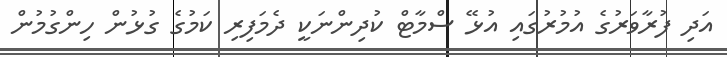
އަދި ފުރާވަރުގެ އުމުރުގައި އުޅޭ ސްމާޓް ކުދިންނަކީ ދެމަފިރި ކަމުގެ ގުޅުން ހިންގުމުން